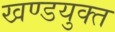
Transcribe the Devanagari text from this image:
खण्डयुक्त